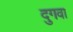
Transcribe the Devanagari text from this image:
दुगवा